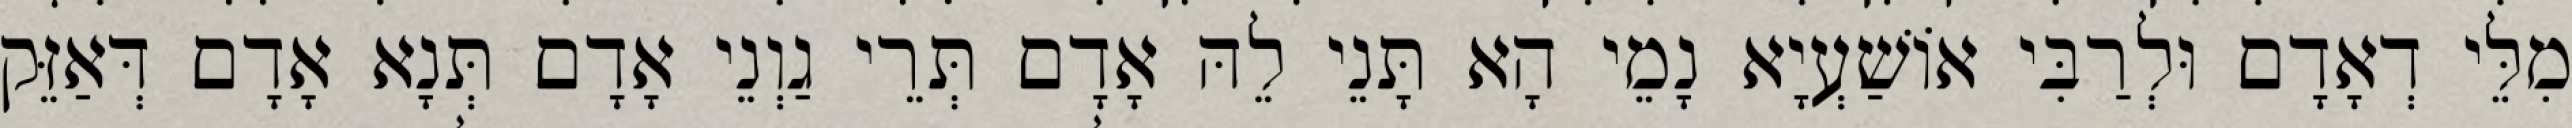
מִלֵּי דְאָדָם וּלְרַבִּי אוֹשַׁעְיָא נָמֵי הָא תָּנֵי לֵהּ אָדָם תְּרֵי גַוְנֵי אָדָם תְּנָא אָדָם דְּאַזֵּק